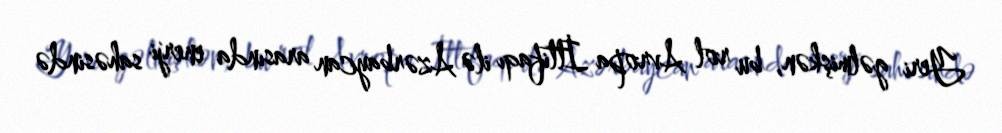
Yeri gəlmişkən, bu rol Avropa İttifaqı ilə Azərbaycan arasında enerji sahəsində